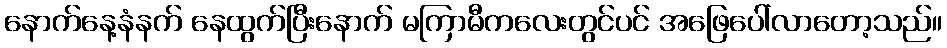
နောက်နေ့နံနက် နေထွက်ပြီးနောက် မကြာမီကလေးတွင်ပင် အဖြေပေါ်လာတော့သည်။